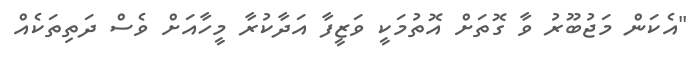
"އެކަން މަޖުބޫރު ވާ ގޮތަށް އޮތުމަކީ ވަޒީފާ އަދާކުރާ މީހާއަށް ވެސް ދަތިތަކެއް